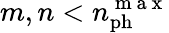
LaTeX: m,n<n_{\mathrm{ph}}^{\mathrm{~m~a~x~}}